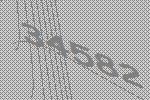
34582